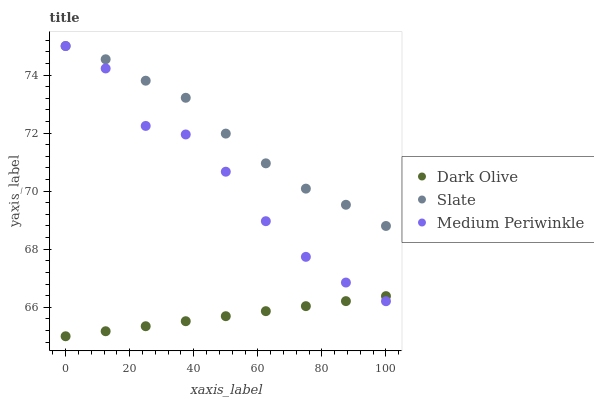
| xaxis_label | Dark Olive | Slate | Medium Periwinkle |
 | --- | --- | --- | --- |
 | 0 | 65 | 75 | 75 |
 | 12.5 | 65.2 | 74.5 | 74.2 |
 | 25 | 65.3 | 73.8 | 72.2 |
 | 37.5 | 65.5 | 73.2 | 72 |
 | 50 | 65.7 | 72 | 70.7 |
 | 62.5 | 65.9 | 71 | 69 |
 | 75 | 66 | 70.1 | 67.7 |
 | 87.5 | 66.2 | 69.5 | 66.9 |
 | 100 | 66.4 | 68.8 | 66.2 |